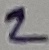
Text: 2